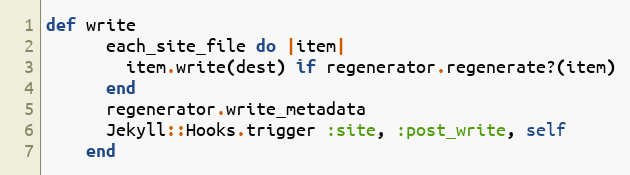
Language: Ruby
def write
      each_site_file do |item|
        item.write(dest) if regenerator.regenerate?(item)
      end
      regenerator.write_metadata
      Jekyll::Hooks.trigger :site, :post_write, self
    end